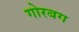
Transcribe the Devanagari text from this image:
गोरबग